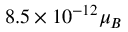
8 . 5 \times 1 0 ^ { - 1 2 } \mu _ { B }